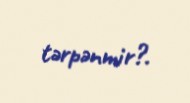
tərpənmir?.